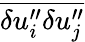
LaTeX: \overline{{{\delta u_{i}^{\prime\prime}\delta u_{j}^{\prime\prime}}}}